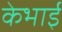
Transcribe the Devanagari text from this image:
केभाई